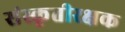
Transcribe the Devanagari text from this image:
संस्कृतीरक्षक